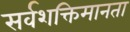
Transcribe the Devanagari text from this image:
सर्वशक्तिमानता